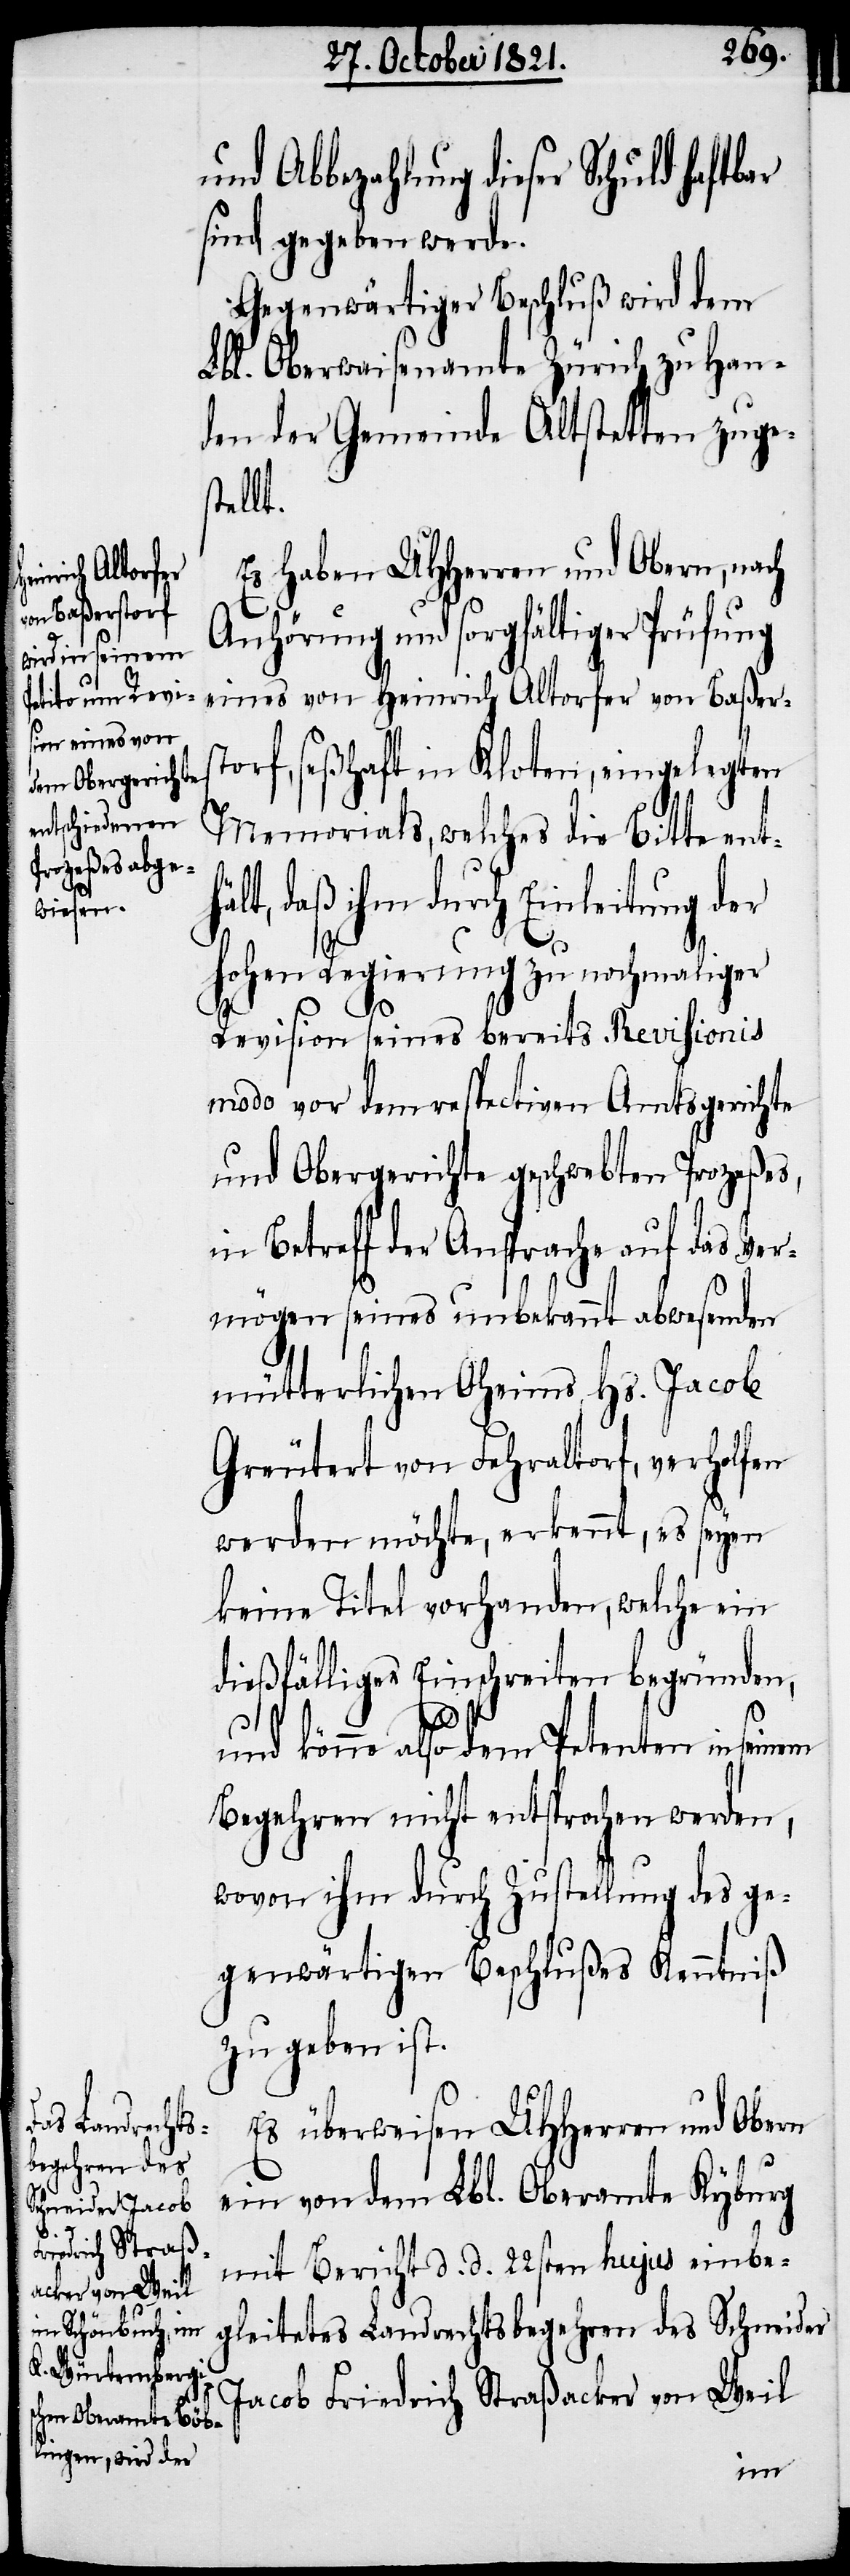
und Abbezahlung dieser Schuld haftbar
sind, gegeben werde.
Gegenwärtiger Beschluß wird dem
Lbl. Oberwaisenamte Zürich zu Han¬
den der Gemeinde Altstetten zuge¬
stellt.
Es haben UHHerren und Obern, nach
Anhörung und sorgfältiger Prüfung
eines von Heinrich Altorfer von Baßers¬
torf, seßhaft in Kloten, eingelangten
Memorials, welches die Bitte ent¬
lt, daß ihm durch Einleitung der
hohen Regierung zu nochmaliger
Revision seines bereits Revisionis
modo vor dem respectiven Amtsgerichte
und Obergerichte geschwebten Proceßes,
in Betreff der Ansprache auf das Ver¬
mögen seines unbekannt abwesenden
mütterlichen Oheims, Hs. Jacob
Greutert von Fehraltorf, verholfen
werden möchte, erkennt, es seyen
keine Titel vorhanden, welche ein
dießfälliges Einschreiten begründen,
hä¬
und könne also dem Petenten in seinem
Begehren nicht entsprochen werden,
wovon ihm durch Zustellung des ge¬
genwärtigen Beschlußes Kenntniß
zu geben ist.
Es überweisen UHHerren und Obern
ein von dem Lbl. Oberamte Kyburg
mit Bericht d. d. 22sten hujus einbe¬
gleitetes Landrechtsbegehren des Schneider
Jacob Friedrich Straßacker von Weil